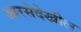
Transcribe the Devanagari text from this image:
आरसेदेखील